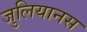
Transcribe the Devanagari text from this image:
जुलियानस